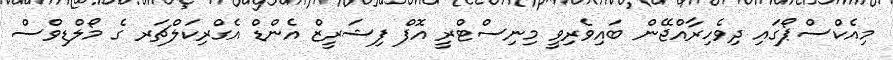
މިއެކްސްޕޯގައި ދިވެހިރާއްޖޭން ބައިވެރިވީ މިނިސްޓްރީ އޮފް ފިޝަރީޒް އެންޑް އެގްރިކަލްޗަރ ގެ މޯލްޑިވްސް